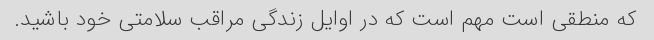
که منطقی است مهم است که در اوایل زندگی مراقب سلامتی خود باشید.